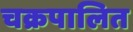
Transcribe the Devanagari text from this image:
चक्रपालित